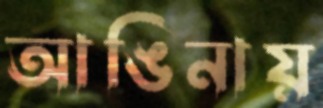
আঙিনায়